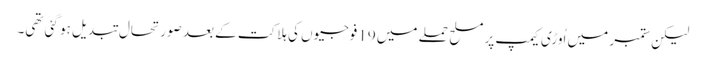
لیکن ستمبر میں اُوڑی کیمپ پر مسلح حملے میں 19فوجیوں کی ہلاکت کے بعد صورتحال تبدیل ہو گئی تھی۔